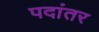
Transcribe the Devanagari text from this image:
पदांतर